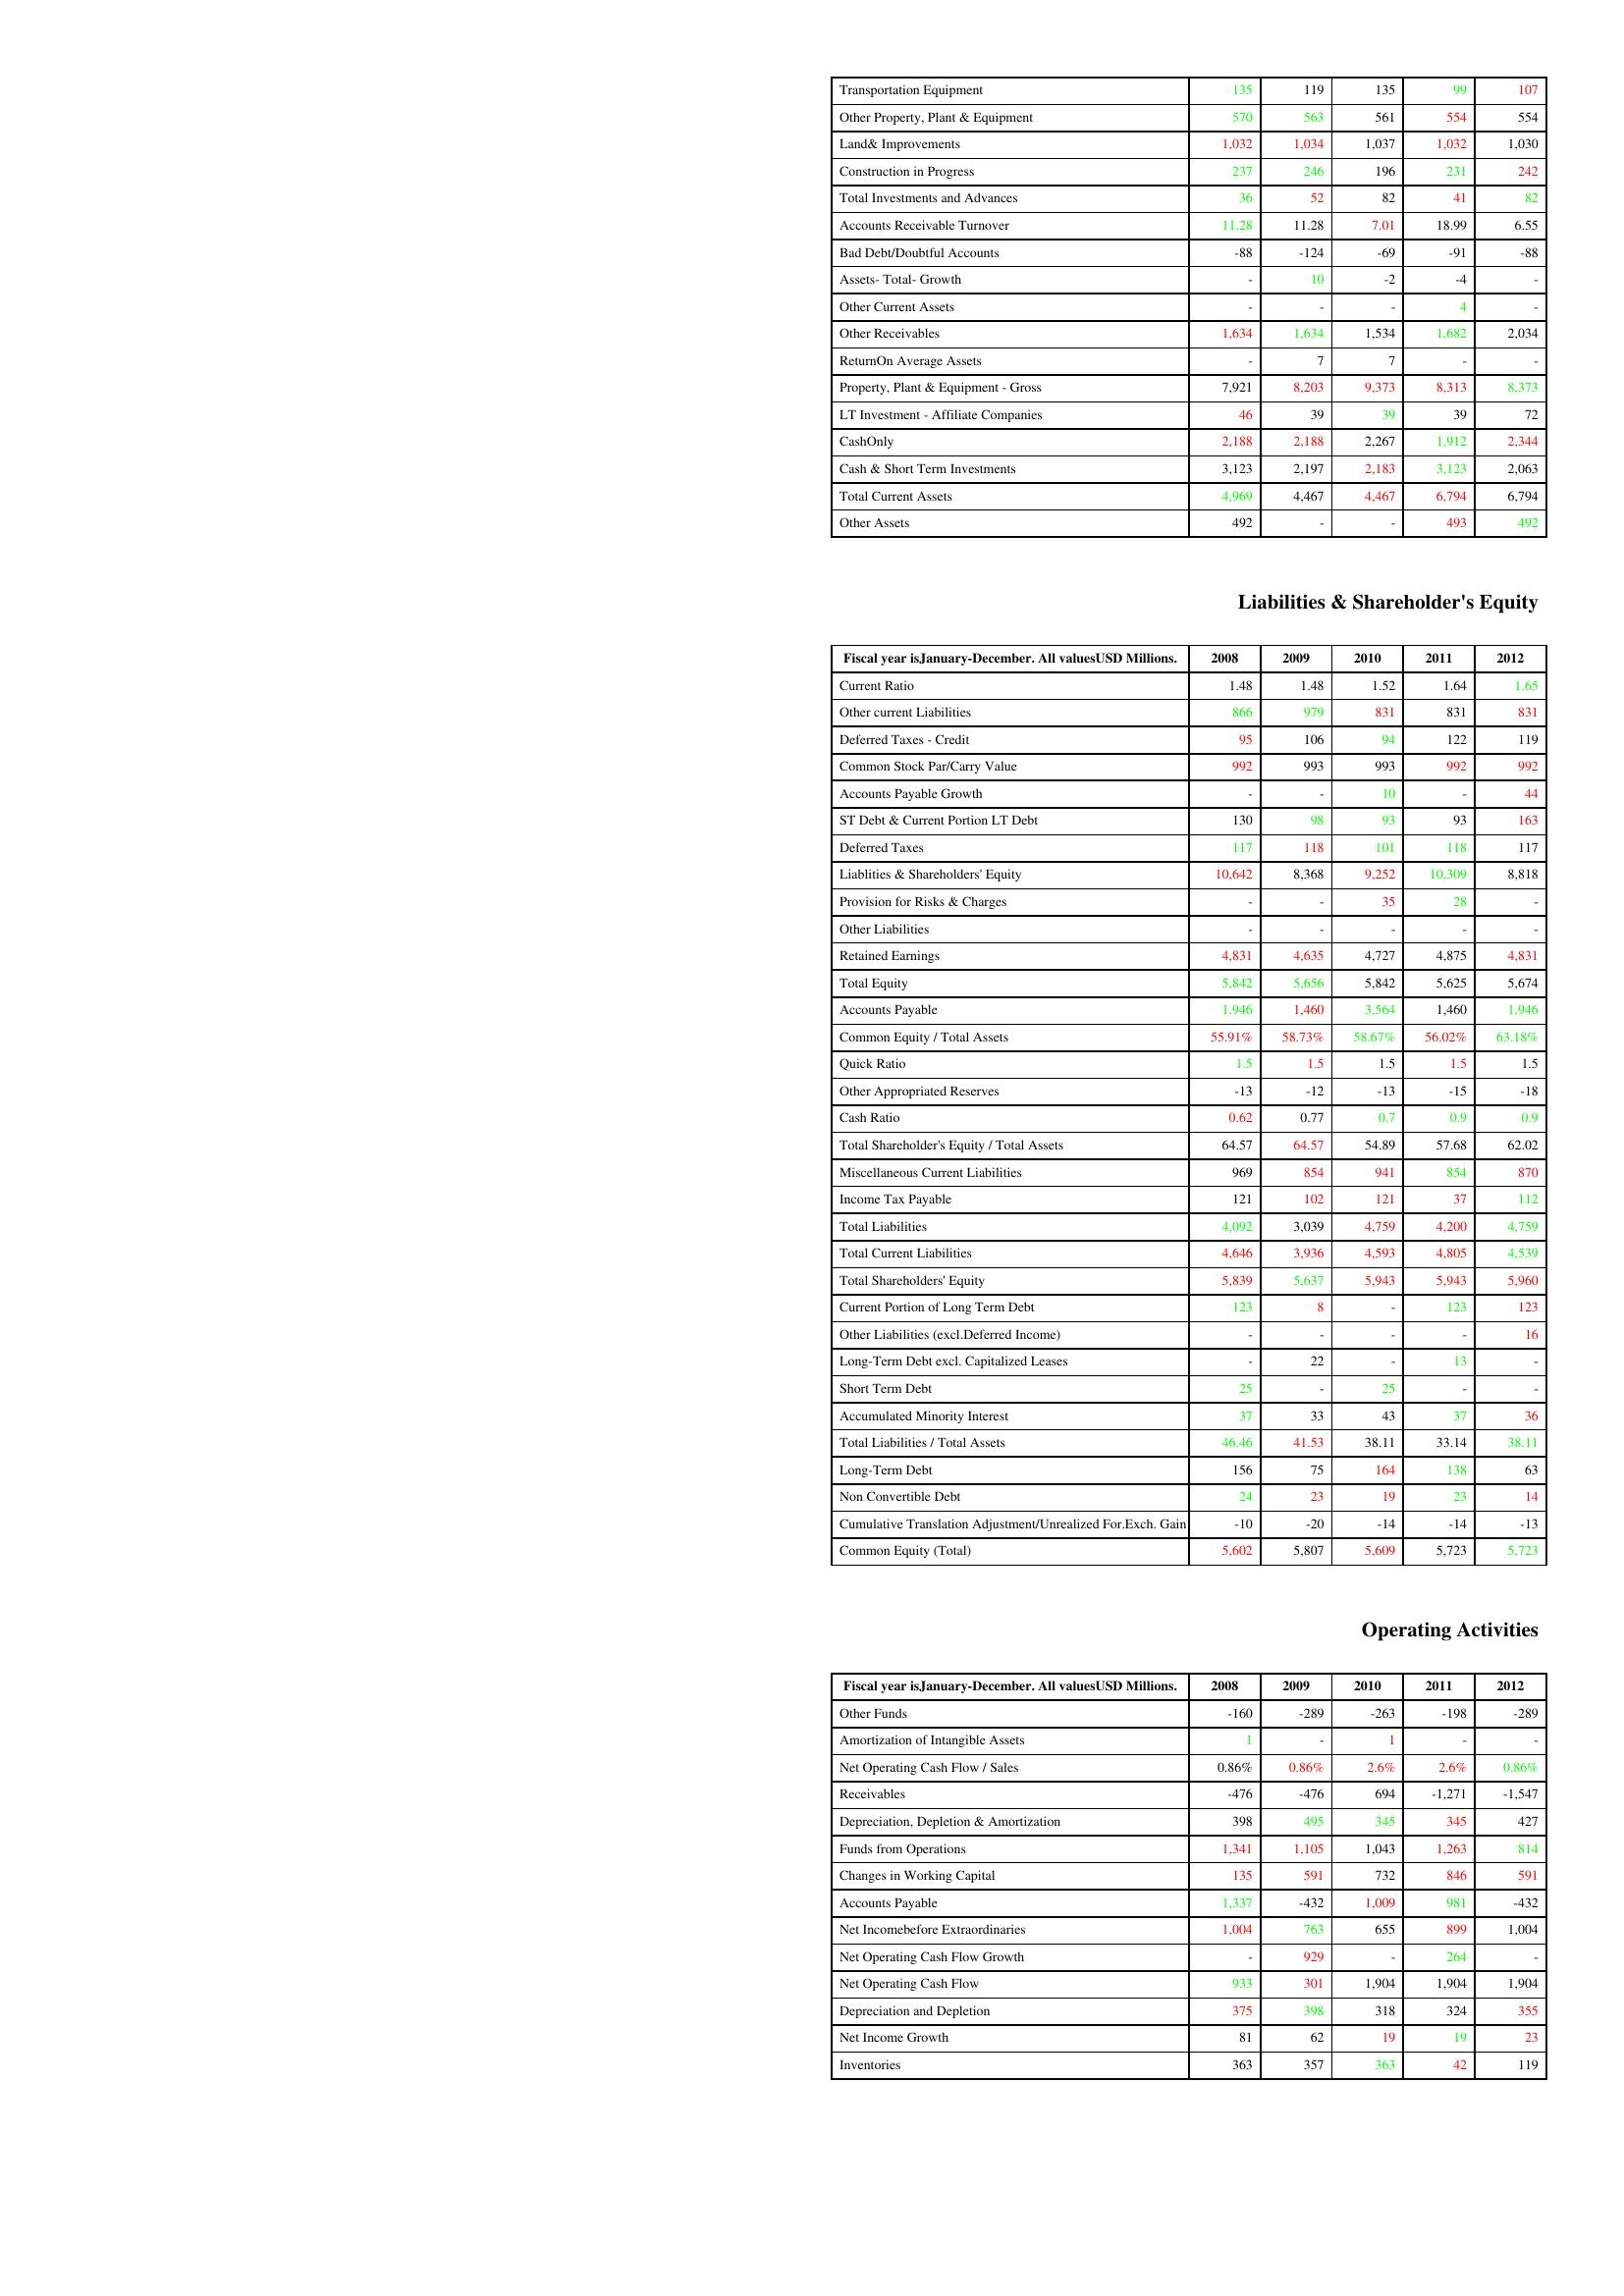
gt_parse: 2008: Assets: Transportation Equipment: 135
Other Property, Plant & Equipment: 570
Land& Improvements: 1,032
Construction in Progress: 237
Total Investments and Advances: 36
Accounts Receivable Turnover: 11.28
Bad Debt/Doubtful Accounts: -88
Assets- Total- Growth: -
Other Current Assets: -
Other Receivables: 1,634
ReturnOn Average Assets: -
Property, Plant & Equipment - Gross : 7,921
LT Investment - Affiliate Companies: 46
CashOnly: 2,188
Cash & Short Term Investments: 3,123
Total Current Assets: 4,969
Other Assets: 492
Liabilities & Shareholder's Equity: Current Ratio: 1.48
Other current Liabilities: 866
Deferred Taxes - Credit: 95
Common Stock Par/Carry Value: 992
Accounts Payable Growth: -
ST Debt & Current Portion LT Debt: 130
Deferred Taxes: 117
Liablities & Shareholders' Equity: 10,642
Provision for Risks & Charges: -
Other Liabilities: -
Retained Earnings: 4,831
Total Equity: 5,842
Accounts Payable: 1,946
Common Equity / Total Assets: 55.91%
Quick Ratio: 1.5
Other Appropriated Reserves: -13
Cash Ratio: 0.62
Total Shareholder's Equity / Total Assets: 64.57
Miscellaneous Current Liabilities: 969
Income Tax Payable: 121
Total Liabilities: 4,092
Total Current Liabilities: 4,646
Total Shareholders' Equity: 5,839
Current Portion of Long Term Debt: 123
Other Liabilities (excl.Deferred Income): -
Long-Term Debt excl. Capitalized Leases: -
Short Term Debt: 25
Accumulated Minority Interest: 37
Total Liabilities / Total Assets: 46.46
Long-Term Debt: 156
Non Convertible Debt: 24
Cumulative Translation Adjustment/Unrealized For.Exch. Gain: -10
Common Equity (Total): 5,602
Operating Activities: Other Funds: -160
Amortization of Intangible Assets: 1
Net Operating Cash Flow / Sales: 0.86%
Receivables: -476
Depreciation, Depletion & Amortization: 398
Funds from Operations: 1,341
Changes in Working Capital: 135
Accounts Payable: 1,337
Net Incomebefore Extraordinaries: 1,004
Net Operating Cash Flow Growth: -
Net Operating Cash Flow: 933
Depreciation and Depletion: 375
Net Income Growth: 81
Inventories: 363
2009: Assets: Transportation Equipment: 119
Other Property, Plant & Equipment: 563
Land& Improvements: 1,034
Construction in Progress: 246
Total Investments and Advances: 52
Accounts Receivable Turnover: 11.28
Bad Debt/Doubtful Accounts: -124
Assets- Total- Growth: 10
Other Current Assets: -
Other Receivables: 1,634
ReturnOn Average Assets: 7
Property, Plant & Equipment - Gross : 8,203
LT Investment - Affiliate Companies: 39
CashOnly: 2,188
Cash & Short Term Investments: 2,197
Total Current Assets: 4,467
Other Assets: -
Liabilities & Shareholder's Equity: Current Ratio: 1.48
Other current Liabilities: 979
Deferred Taxes - Credit: 106
Common Stock Par/Carry Value: 993
Accounts Payable Growth: -
ST Debt & Current Portion LT Debt: 98
Deferred Taxes: 118
Liablities & Shareholders' Equity: 8,368
Provision for Risks & Charges: -
Other Liabilities: -
Retained Earnings: 4,635
Total Equity: 5,656
Accounts Payable: 1,460
Common Equity / Total Assets: 58.73%
Quick Ratio: 1.5
Other Appropriated Reserves: -12
Cash Ratio: 0.77
Total Shareholder's Equity / Total Assets: 64.57
Miscellaneous Current Liabilities: 854
Income Tax Payable: 102
Total Liabilities: 3,039
Total Current Liabilities: 3,936
Total Shareholders' Equity: 5,637
Current Portion of Long Term Debt: 8
Other Liabilities (excl.Deferred Income): -
Long-Term Debt excl. Capitalized Leases: 22
Short Term Debt: -
Accumulated Minority Interest: 33
Total Liabilities / Total Assets: 41.53
Long-Term Debt: 75
Non Convertible Debt: 23
Cumulative Translation Adjustment/Unrealized For.Exch. Gain: -20
Common Equity (Total): 5,807
Operating Activities: Other Funds: -289
Amortization of Intangible Assets: -
Net Operating Cash Flow / Sales: 0.86%
Receivables: -476
Depreciation, Depletion & Amortization: 495
Funds from Operations: 1,105
Changes in Working Capital: 591
Accounts Payable: -432
Net Incomebefore Extraordinaries: 763
Net Operating Cash Flow Growth: 929
Net Operating Cash Flow: 301
Depreciation and Depletion: 398
Net Income Growth: 62
Inventories: 357
2010: Assets: Transportation Equipment: 135
Other Property, Plant & Equipment: 561
Land& Improvements: 1,037
Construction in Progress: 196
Total Investments and Advances: 82
Accounts Receivable Turnover: 7.01
Bad Debt/Doubtful Accounts: -69
Assets- Total- Growth: -2
Other Current Assets: -
Other Receivables: 1,534
ReturnOn Average Assets: 7
Property, Plant & Equipment - Gross : 9,373
LT Investment - Affiliate Companies: 39
CashOnly: 2,267
Cash & Short Term Investments: 2,183
Total Current Assets: 4,467
Other Assets: -
Liabilities & Shareholder's Equity: Current Ratio: 1.52
Other current Liabilities: 831
Deferred Taxes - Credit: 94
Common Stock Par/Carry Value: 993
Accounts Payable Growth: 10
ST Debt & Current Portion LT Debt: 93
Deferred Taxes: 101
Liablities & Shareholders' Equity: 9,252
Provision for Risks & Charges: 35
Other Liabilities: -
Retained Earnings: 4,727
Total Equity: 5,842
Accounts Payable: 3,564
Common Equity / Total Assets: 58.67%
Quick Ratio: 1.5
Other Appropriated Reserves: -13
Cash Ratio: 0.7
Total Shareholder's Equity / Total Assets: 54.89
Miscellaneous Current Liabilities: 941
Income Tax Payable: 121
Total Liabilities: 4,759
Total Current Liabilities: 4,593
Total Shareholders' Equity: 5,943
Current Portion of Long Term Debt: -
Other Liabilities (excl.Deferred Income): -
Long-Term Debt excl. Capitalized Leases: -
Short Term Debt: 25
Accumulated Minority Interest: 43
Total Liabilities / Total Assets: 38.11
Long-Term Debt: 164
Non Convertible Debt: 19
Cumulative Translation Adjustment/Unrealized For.Exch. Gain: -14
Common Equity (Total): 5,609
Operating Activities: Other Funds: -263
Amortization of Intangible Assets: 1
Net Operating Cash Flow / Sales: 2.6%
Receivables: 694
Depreciation, Depletion & Amortization: 345
Funds from Operations: 1,043
Changes in Working Capital: 732
Accounts Payable: 1,009
Net Incomebefore Extraordinaries: 655
Net Operating Cash Flow Growth: -
Net Operating Cash Flow: 1,904
Depreciation and Depletion: 318
Net Income Growth: 19
Inventories: 363
2011: Assets: Transportation Equipment: 99
Other Property, Plant & Equipment: 554
Land& Improvements: 1,032
Construction in Progress: 231
Total Investments and Advances: 41
Accounts Receivable Turnover: 18.99
Bad Debt/Doubtful Accounts: -91
Assets- Total- Growth: -4
Other Current Assets: 4
Other Receivables: 1,682
ReturnOn Average Assets: -
Property, Plant & Equipment - Gross : 8,313
LT Investment - Affiliate Companies: 39
CashOnly: 1,912
Cash & Short Term Investments: 3,123
Total Current Assets: 6,794
Other Assets: 493
Liabilities & Shareholder's Equity: Current Ratio: 1.64
Other current Liabilities: 831
Deferred Taxes - Credit: 122
Common Stock Par/Carry Value: 992
Accounts Payable Growth: -
ST Debt & Current Portion LT Debt: 93
Deferred Taxes: 118
Liablities & Shareholders' Equity: 10,309
Provision for Risks & Charges: 28
Other Liabilities: -
Retained Earnings: 4,875
Total Equity: 5,625
Accounts Payable: 1,460
Common Equity / Total Assets: 56.02%
Quick Ratio: 1.5
Other Appropriated Reserves: -15
Cash Ratio: 0.9
Total Shareholder's Equity / Total Assets: 57.68
Miscellaneous Current Liabilities: 854
Income Tax Payable: 37
Total Liabilities: 4,200
Total Current Liabilities: 4,805
Total Shareholders' Equity: 5,943
Current Portion of Long Term Debt: 123
Other Liabilities (excl.Deferred Income): -
Long-Term Debt excl. Capitalized Leases: 13
Short Term Debt: -
Accumulated Minority Interest: 37
Total Liabilities / Total Assets: 33.14
Long-Term Debt: 138
Non Convertible Debt: 23
Cumulative Translation Adjustment/Unrealized For.Exch. Gain: -14
Common Equity (Total): 5,723
Operating Activities: Other Funds: -198
Amortization of Intangible Assets: -
Net Operating Cash Flow / Sales: 2.6%
Receivables: -1,271
Depreciation, Depletion & Amortization: 345
Funds from Operations: 1,263
Changes in Working Capital: 846
Accounts Payable: 981
Net Incomebefore Extraordinaries: 899
Net Operating Cash Flow Growth: 264
Net Operating Cash Flow: 1,904
Depreciation and Depletion: 324
Net Income Growth: 19
Inventories: 42
2012: Assets: Transportation Equipment: 107
Other Property, Plant & Equipment: 554
Land& Improvements: 1,030
Construction in Progress: 242
Total Investments and Advances: 82
Accounts Receivable Turnover: 6.55
Bad Debt/Doubtful Accounts: -88
Assets- Total- Growth: -
Other Current Assets: -
Other Receivables: 2,034
ReturnOn Average Assets: -
Property, Plant & Equipment - Gross : 8,373
LT Investment - Affiliate Companies: 72
CashOnly: 2,344
Cash & Short Term Investments: 2,063
Total Current Assets: 6,794
Other Assets: 492
Liabilities & Shareholder's Equity: Current Ratio: 1.65
Other current Liabilities: 831
Deferred Taxes - Credit: 119
Common Stock Par/Carry Value: 992
Accounts Payable Growth: 44
ST Debt & Current Portion LT Debt: 163
Deferred Taxes: 117
Liablities & Shareholders' Equity: 8,818
Provision for Risks & Charges: -
Other Liabilities: -
Retained Earnings: 4,831
Total Equity: 5,674
Accounts Payable: 1,946
Common Equity / Total Assets: 63.18%
Quick Ratio: 1.5
Other Appropriated Reserves: -18
Cash Ratio: 0.9
Total Shareholder's Equity / Total Assets: 62.02
Miscellaneous Current Liabilities: 870
Income Tax Payable: 112
Total Liabilities: 4,759
Total Current Liabilities: 4,539
Total Shareholders' Equity: 5,960
Current Portion of Long Term Debt: 123
Other Liabilities (excl.Deferred Income): 16
Long-Term Debt excl. Capitalized Leases: -
Short Term Debt: -
Accumulated Minority Interest: 36
Total Liabilities / Total Assets: 38.11
Long-Term Debt: 63
Non Convertible Debt: 14
Cumulative Translation Adjustment/Unrealized For.Exch. Gain: -13
Common Equity (Total): 5,723
Operating Activities: Other Funds: -289
Amortization of Intangible Assets: -
Net Operating Cash Flow / Sales: 0.86%
Receivables: -1,547
Depreciation, Depletion & Amortization: 427
Funds from Operations: 814
Changes in Working Capital: 591
Accounts Payable: -432
Net Incomebefore Extraordinaries: 1,004
Net Operating Cash Flow Growth: -
Net Operating Cash Flow: 1,904
Depreciation and Depletion: 355
Net Income Growth: 23
Inventories: 119